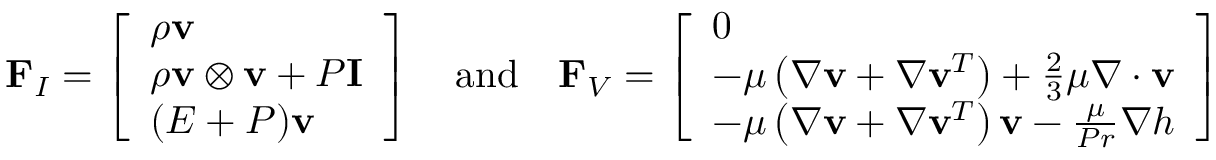
\mathbf { F } _ { I } = \left[ \begin{array} { l } { \boldsymbol { \rho } \mathbf { v } } \\ { \boldsymbol { \rho } \mathbf { v } \otimes \mathbf { v } + P \mathbf { I } } \\ { ( E + P ) \mathbf { v } } \end{array} \right] \quad \mathrm { a n d } \quad \mathbf { F } _ { V } = \left[ \begin{array} { l } { 0 } \\ { - \mu \left( \nabla \mathbf { v } + \nabla \mathbf { v } ^ { T } \right) + \frac { 2 } { 3 } \mu \nabla \cdot \mathbf { v } } \\ { - \mu \left( \nabla \mathbf { v } + \nabla \mathbf { v } ^ { T } \right) \mathbf { v } - \frac { \mu } { P r } \nabla h } \end{array} \right]